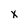
Character: x